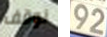
نوقف 92